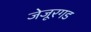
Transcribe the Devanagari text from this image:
जेजूरगड